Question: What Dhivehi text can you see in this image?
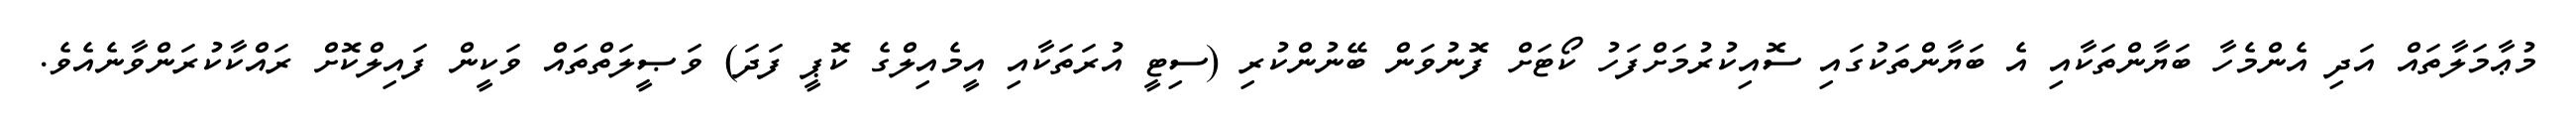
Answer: މުޢާމަލާތައް އަދި އެންމެހާ ބަޔާންތަކާއި އެ ބަޔާންތަކުގައި ސޮއިކުރުމަށްފަހު ކޯޓަށް ފޮނުވަން ބޭނުންކުރި (ސިޓީ އުރަތަކާއި އީމެއިލްގެ ކޮޕީ ފަދަ) ވަޞީލަތްތައް ވަކީން ފައިލްކޮށް ރައްކާކުރަންވާނެއެވެ.